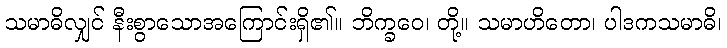
သမာဓိလျှင် နီးစွာသောအကြောင်းရှိ၏။ ဘိက္ခဝေ၊ တို့။ သမာဟိတော၊ ပါဒကသမာဓိ၊